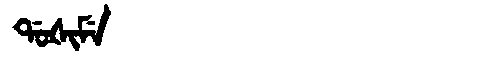
Manchu: ᡩᠣᡧᡳᠮᡝ
Romanization: DOŠIME